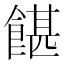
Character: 𩜱